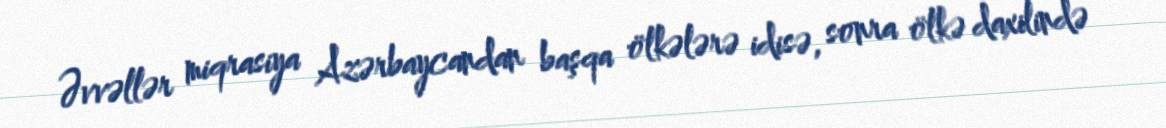
Əvvəllər miqrasiya Azərbaycandan başqa ölkələrə idisə, sonra ölkə daxilində